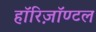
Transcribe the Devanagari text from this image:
हॉरिज़ॉण्टल